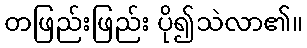
တဖြည်းဖြည်း ပို၍သဲလာ၏။